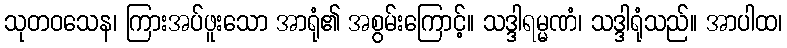
သုတဝသေန၊ ကြားအပ်ဖူးသော အာရုံ၏ အစွမ်းကြောင့်။ သဒ္ဒါရမ္မဏံ၊ သဒ္ဒါရုံသည်။ အာပါထ၊